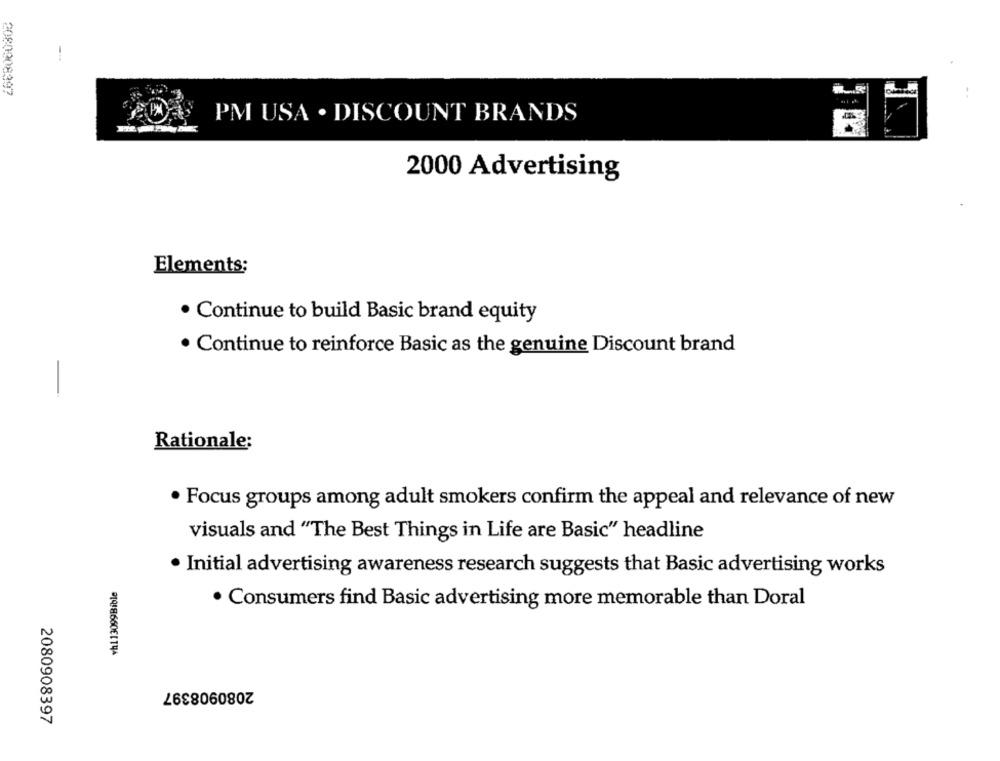
2080008997
PM USA . DISCOUNT BRANDS
2000 Advertising
Elements;
· Continue to build Basic brand equity
. Continue to reinforce Basic as the genuine Discount brand
-
Rationale:
· Focus groups among adult smokers confirm the appeal and relevance of new
visuals and "The Best Things in Life are Basic" headline
· Initial advertising awareness research suggests that Basic advertising works
vh113099Bible
. Consumers find Basic advertising more memorable than Doral
2080908397
2080908397